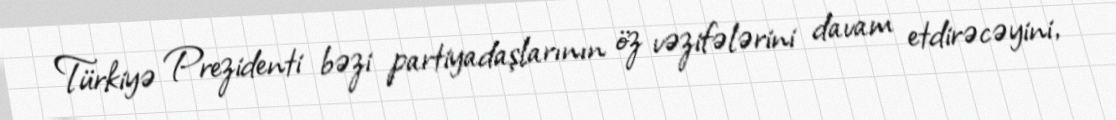
Türkiyə Prezidenti bəzi partiyadaşlarının öz vəzifələrini davam etdirəcəyini,